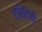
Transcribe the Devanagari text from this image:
एबिटिनी